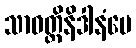
သာဝတ္ထိနိဒါနံပေ